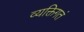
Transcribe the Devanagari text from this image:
व्यक्तिगतं